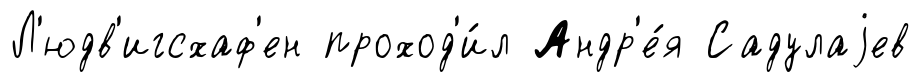
Л'юдв'игсхаф'ен проход'и́л Андр'е́я Садулаjев